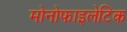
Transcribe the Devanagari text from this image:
मोनोफाइलेटिक